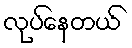
လုပ်နေတယ်